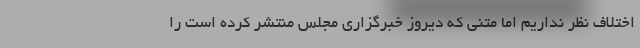
اختلاف نظر نداریم اما متنی که دیروز خبرگزاری مجلس منتشر کرده است را